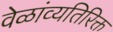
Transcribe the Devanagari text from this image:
वेळांव्यतिरिक्त